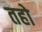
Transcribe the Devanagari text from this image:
तहो